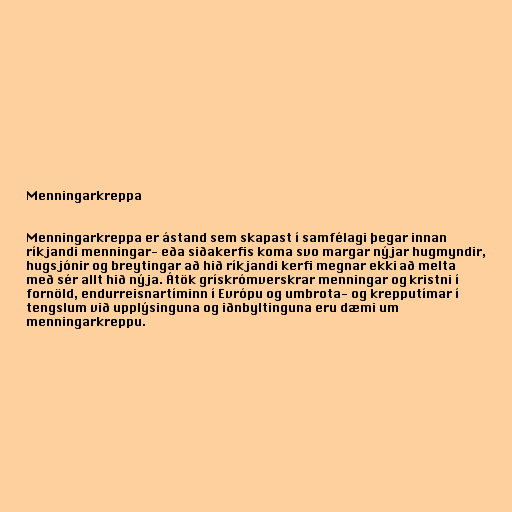
Menningarkreppa

Menningarkreppa er ástand sem skapast í samfélagi þegar innan
ríkjandi menningar- eða siðakerfis koma svo margar nýjar hugmyndir,
hugsjónir og breytingar að hið ríkjandi kerfi megnar ekki að melta
með sér allt hið nýja. Átök grískrómverskrar menningar og kristni í
fornöld, endurreisnartíminn í Evrópu og umbrota- og krepputímar í
tengslum við upplýsinguna og iðnbyltinguna eru dæmi um
menningarkreppu.